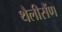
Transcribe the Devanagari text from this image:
थैलीसैंण